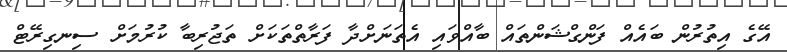
އޭގެ އިތުރުން ބައެއް ފަންގްޝަންތައް ބާއްވައި އެތަނަށްދާ ފަރާތްތަކަށް ތަޖުރިބާ ކުރުމަށް ސިނގިރޭޓް